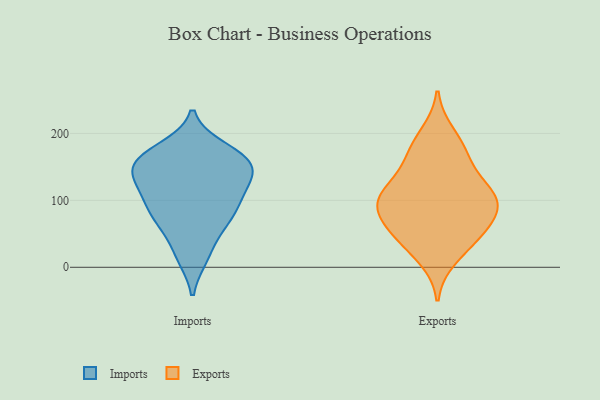
{"axis": {"x": "Revenue (USD Million)", "y": "Value"}, "legend": ["Exports", "Imports"], "data": [{"x": "", "y": 81, "type": "Imports"}, {"x": "", "y": 127, "type": "Imports"}, {"x": "", "y": 165, "type": "Imports"}, {"x": "", "y": 101, "type": "Imports"}, {"x": "", "y": 151, "type": "Imports"}, {"x": "", "y": 17, "type": "Imports"}, {"x": "", "y": 21, "type": "Imports"}, {"x": "", "y": 68, "type": "Imports"}, {"x": "", "y": 160, "type": "Imports"}, {"x": "", "y": 132, "type": "Imports"}, {"x": "", "y": 109, "type": "Imports"}, {"x": "", "y": 148, "type": "Imports"}, {"x": "", "y": 119, "type": "Imports"}, {"x": "", "y": 69, "type": "Imports"}, {"x": "", "y": 76, "type": "Imports"}, {"x": "", "y": 158, "type": "Imports"}, {"x": "", "y": 176, "type": "Imports"}, {"x": "", "y": 164, "type": "Imports"}, {"x": "", "y": 147, "type": "Exports"}, {"x": "", "y": 14, "type": "Exports"}, {"x": "", "y": 115, "type": "Exports"}, {"x": "", "y": 101, "type": "Exports"}, {"x": "", "y": 98, "type": "Exports"}, {"x": "", "y": 175, "type": "Exports"}, {"x": "", "y": 98, "type": "Exports"}, {"x": "", "y": 69, "type": "Exports"}, {"x": "", "y": 170, "type": "Exports"}, {"x": "", "y": 78, "type": "Exports"}, {"x": "", "y": 96, "type": "Exports"}, {"x": "", "y": 199, "type": "Exports"}, {"x": "", "y": 42, "type": "Exports"}, {"x": "", "y": 54, "type": "Exports"}, {"x": "", "y": 42, "type": "Exports"}, {"x": "", "y": 119, "type": "Exports"}]}